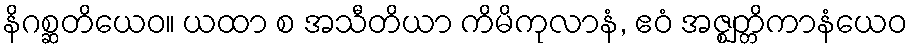
နိဂစ္ဆတိယေဝ။ ယထာ စ အသီတိယာ ကိမိကုလာနံ, ဧဝံ အဇ္ဈတ္တိကာနံယေဝ